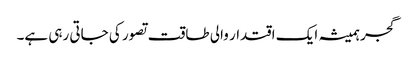
گجر ہمیشہ ایک اقتدار والی طاقت تصور کی جاتی رہی ہے۔